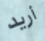
أريد